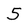
Character: 5